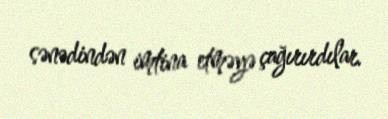
sənədindən imtina etməyə çağırırdılar.